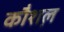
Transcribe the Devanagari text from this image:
कौशल़